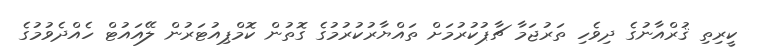
ކީރިތި ޤުރްއާނުގެ ދިވެހި ތަރުޖަމާ ޗާޕުކުރުމަށް ތައްޔާރުކުރުމުގެ ގޮތުން ކޮމްޕިއުޓަރުން ލޭއައުޓް ހެއްދެވުމުގެ